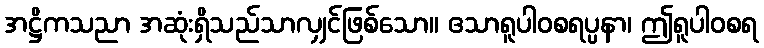
အဋ္ဌိကသညာ အဆုံးရှိသည်သာလျှင်ဖြစ်သော။ ဧသာရူပါဝစရပ္ပနာ၊ ဤရူပါဝစရ